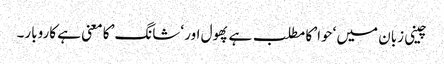
چینی زبان میں ‘حوا’ کا مطلب ہے پھول اور ‘شانگ’ کا معنی ہے کاروبار۔